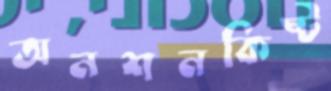
অনশনকিষ্ট